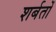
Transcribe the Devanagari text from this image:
शर्बतों